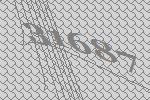
31687